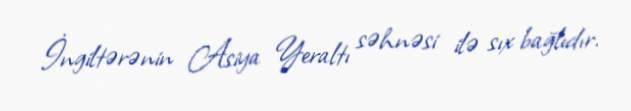
İngiltərənin Asiya Yeraltı səhnəsi ilə sıx bağlıdır.